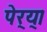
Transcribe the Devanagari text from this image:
पेर्‍य्।